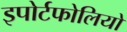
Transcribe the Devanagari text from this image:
इपोर्टफोलियो